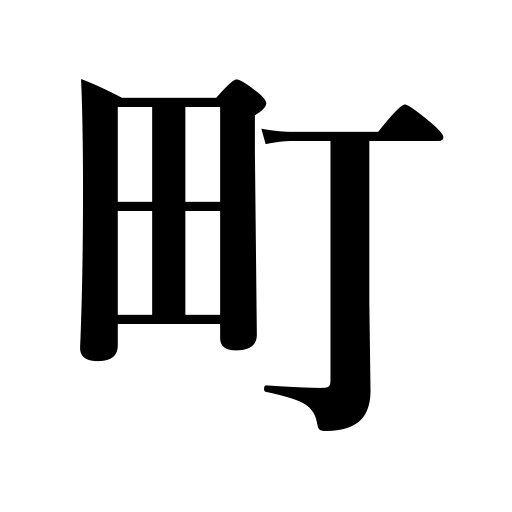
Meanings: town,block,street,2.45 acres,119 yards,quarters